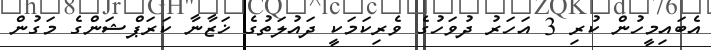
އެބައިމީހުން ކުރި 3 އަހަރު ދުވަހުގެ ވެރިކަމަކީ ދައުލަތުގެ ޚަޒާނާ ކަރަޕްޝަންގެ މަގުން